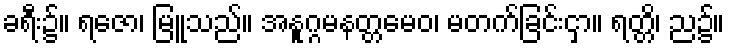
ခရီး၌။ ရဇော၊ မြူသည်။ အနူဂ္ဂမနတ္တမေဝ၊ မတက်ခြင်းငှာ။ ရတ္တိ၊ ည၌။